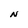
Character: N